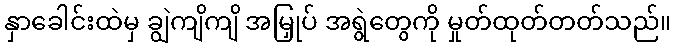
နှာခေါင်းထဲမှ ချွဲကျိကျိ အမြှုပ် အရွဲတွေကို မှုတ်ထုတ်တတ်သည်။